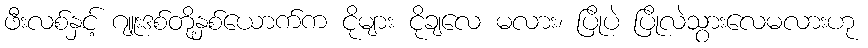
ဖီးလစ်နှင့် ဂျူးဒစ်တို့နှစ်ယောက်က ငိုများ ငိုချလေ မလား၊ ပြိုပဲ ပြိုလဲသွားလေမလားဟု